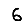
Digit: 6